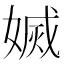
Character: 𡟬